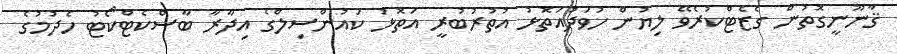
ޤާނޫނީގޮތުން ގެޒެޓްކުރެވޭ ލިޔުން ހުވަދުއަތޮޅު އުތުރުބުރީ އަތޮޅު ކައުންސިލްގެ އިދާރާ ބާސްކެޓްކޯޓު ހެދުމުގެ